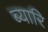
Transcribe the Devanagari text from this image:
ब्यारि